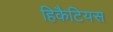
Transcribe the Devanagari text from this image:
हिकैटियस